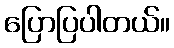
ပြောပြပါတယ်။